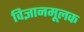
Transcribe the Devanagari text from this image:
विज्ञानमूलक